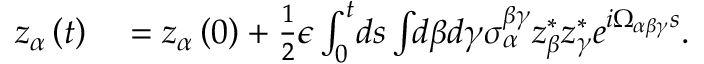
\begin{array} { r l } { z _ { \alpha } \left( t \right) } & { { } = z _ { \alpha } \left( 0 \right) + \frac { 1 } { 2 } \epsilon \int _ { 0 } ^ { t } \! d s \int \! \! d \beta d \gamma \sigma _ { \alpha } ^ { \beta \gamma } z _ { \beta } ^ { * } z _ { \gamma } ^ { * } e ^ { i \Omega _ { \alpha \beta \gamma } s } . } \end{array}